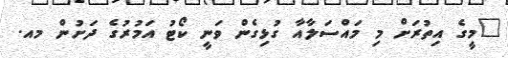
"މީގެ އިތުރަށް މި މައްސަލާއާ ގުޅިގެން ވަނީ ކޯޓު އަމުރުގެ ދަށުން މއ.